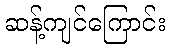
ဆန့်ကျင်ကြောင်း